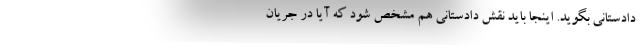
دادستانی بگوید. اینجا باید نقش دادستانی هم مشخص شود که آیا در جریان